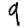
Digit: 9